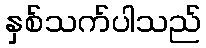
နှစ်သက်ပါသည်